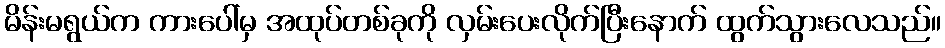
မိန်းမရွယ်က ကားပေါ်မှ အထုပ်တစ်ခုကို လှမ်းပေးလိုက်ပြီးနောက် ထွက်သွားလေသည်။